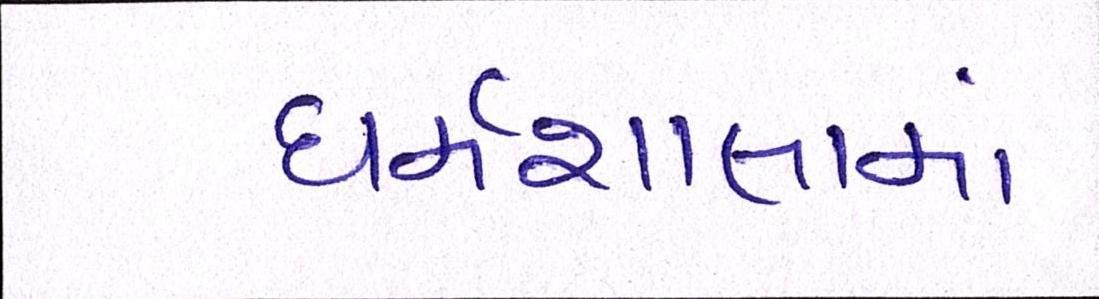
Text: ધર્મશાલામાં